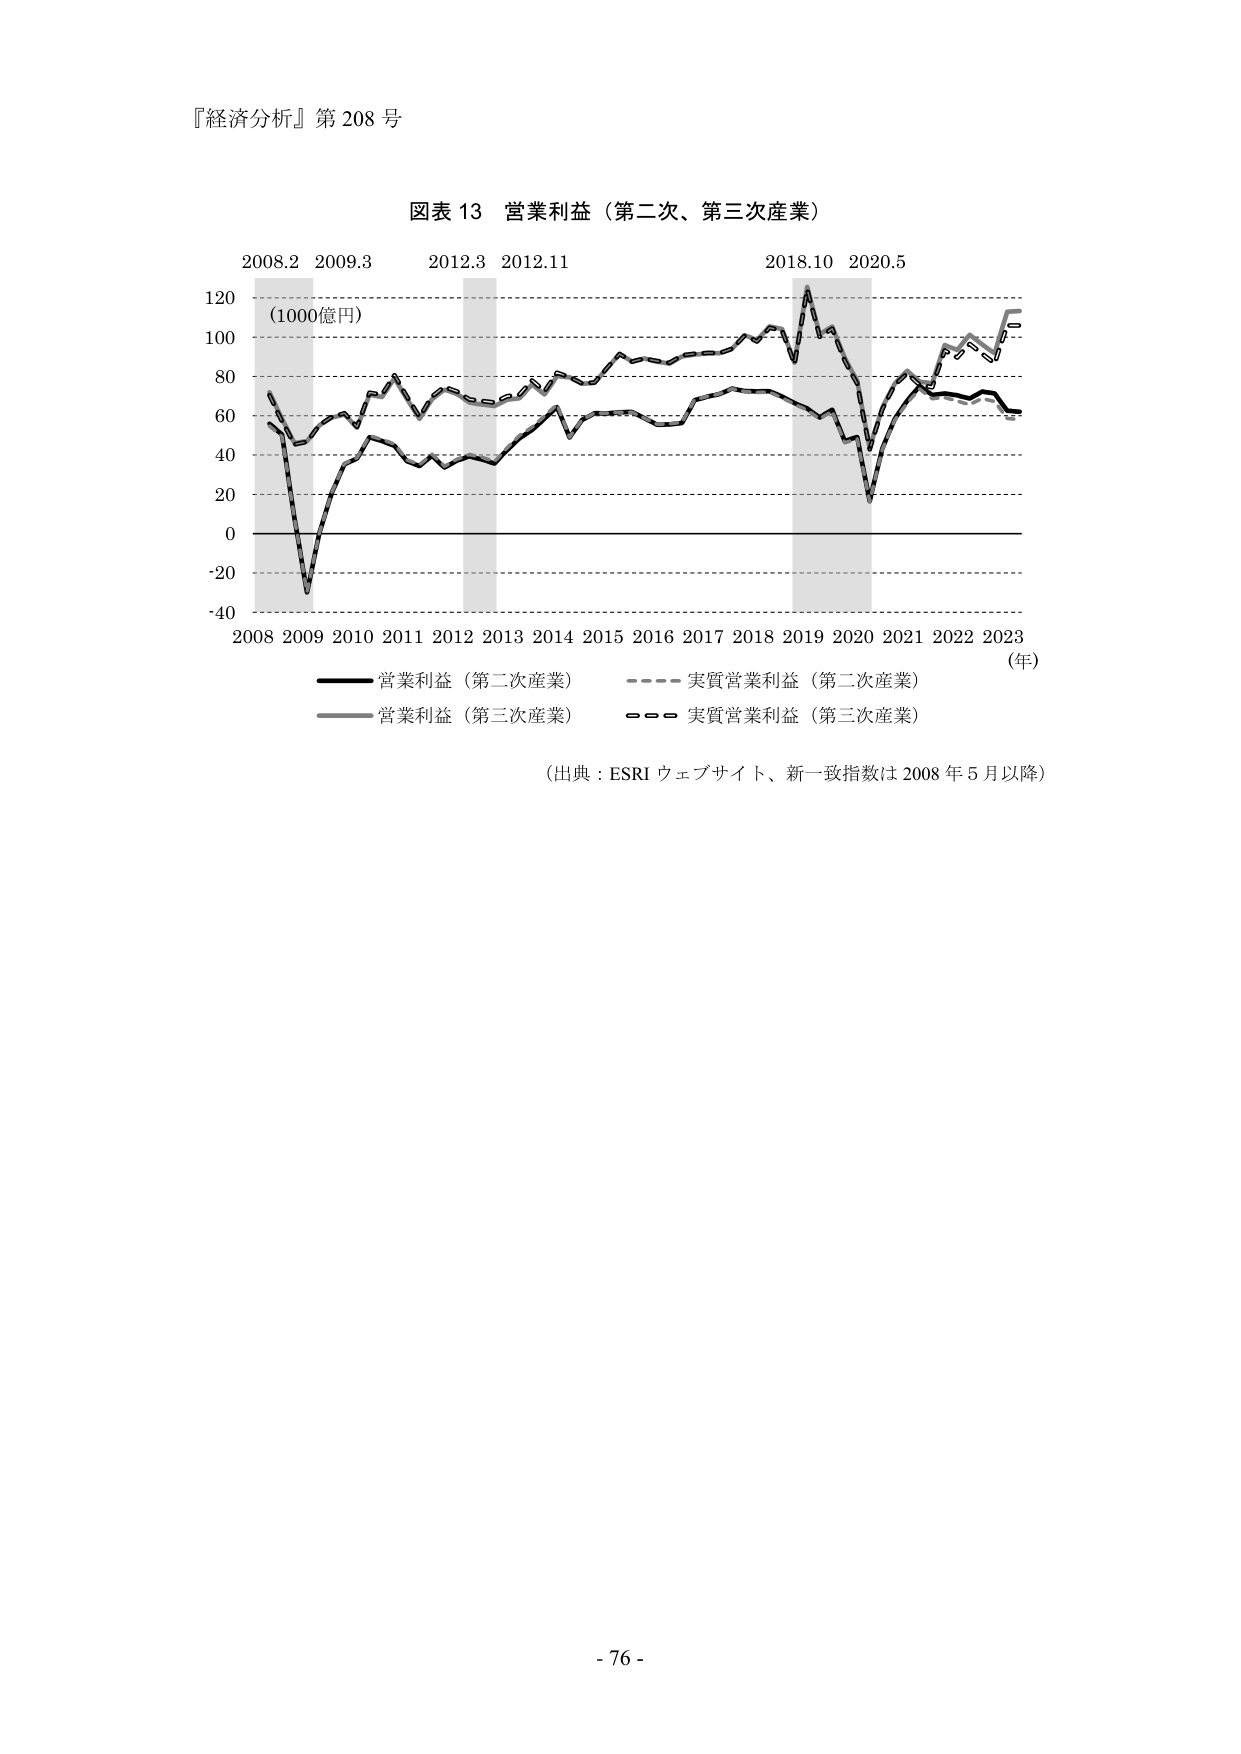
『経済分析』第 208 号

図表 13 営業利益（第二次、第三次産業）

2008.2 2009.3
2012.3 2012.11
2018.10 2020.5

120
（1000億円）
100
80
60
40
20
0
-20
-40

2008 2009 2010 2011 2012 2013 2014 2015 2016 2017 2018 2019 2020 2021 2022 2023 （年）

―― 営業利益（第二次産業）
―――― 実質営業利益（第二次産業）
―― 営業利益（第三次産業）
―――― 実質営業利益（第三次産業）

（出典：ESRI ウェブサイト、新一致指数は 2008 年 5 月以降）

- 76 -